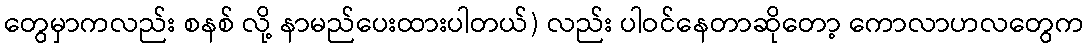
တွေမှာကလည်း စနစ် လို့ နာမည်ပေးထားပါတယ်) လည်း ပါဝင်နေတာဆိုတော့ ကောလာဟလတွေက